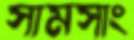
সামসাং